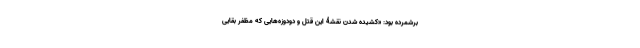
برشمرده بود: «کشیده شدنِ نقشۀ این قتل و دودوزه‌هایی که مظفر بقایی